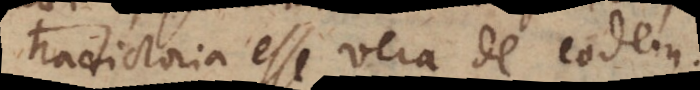
tradictoria esse vera de eodem.